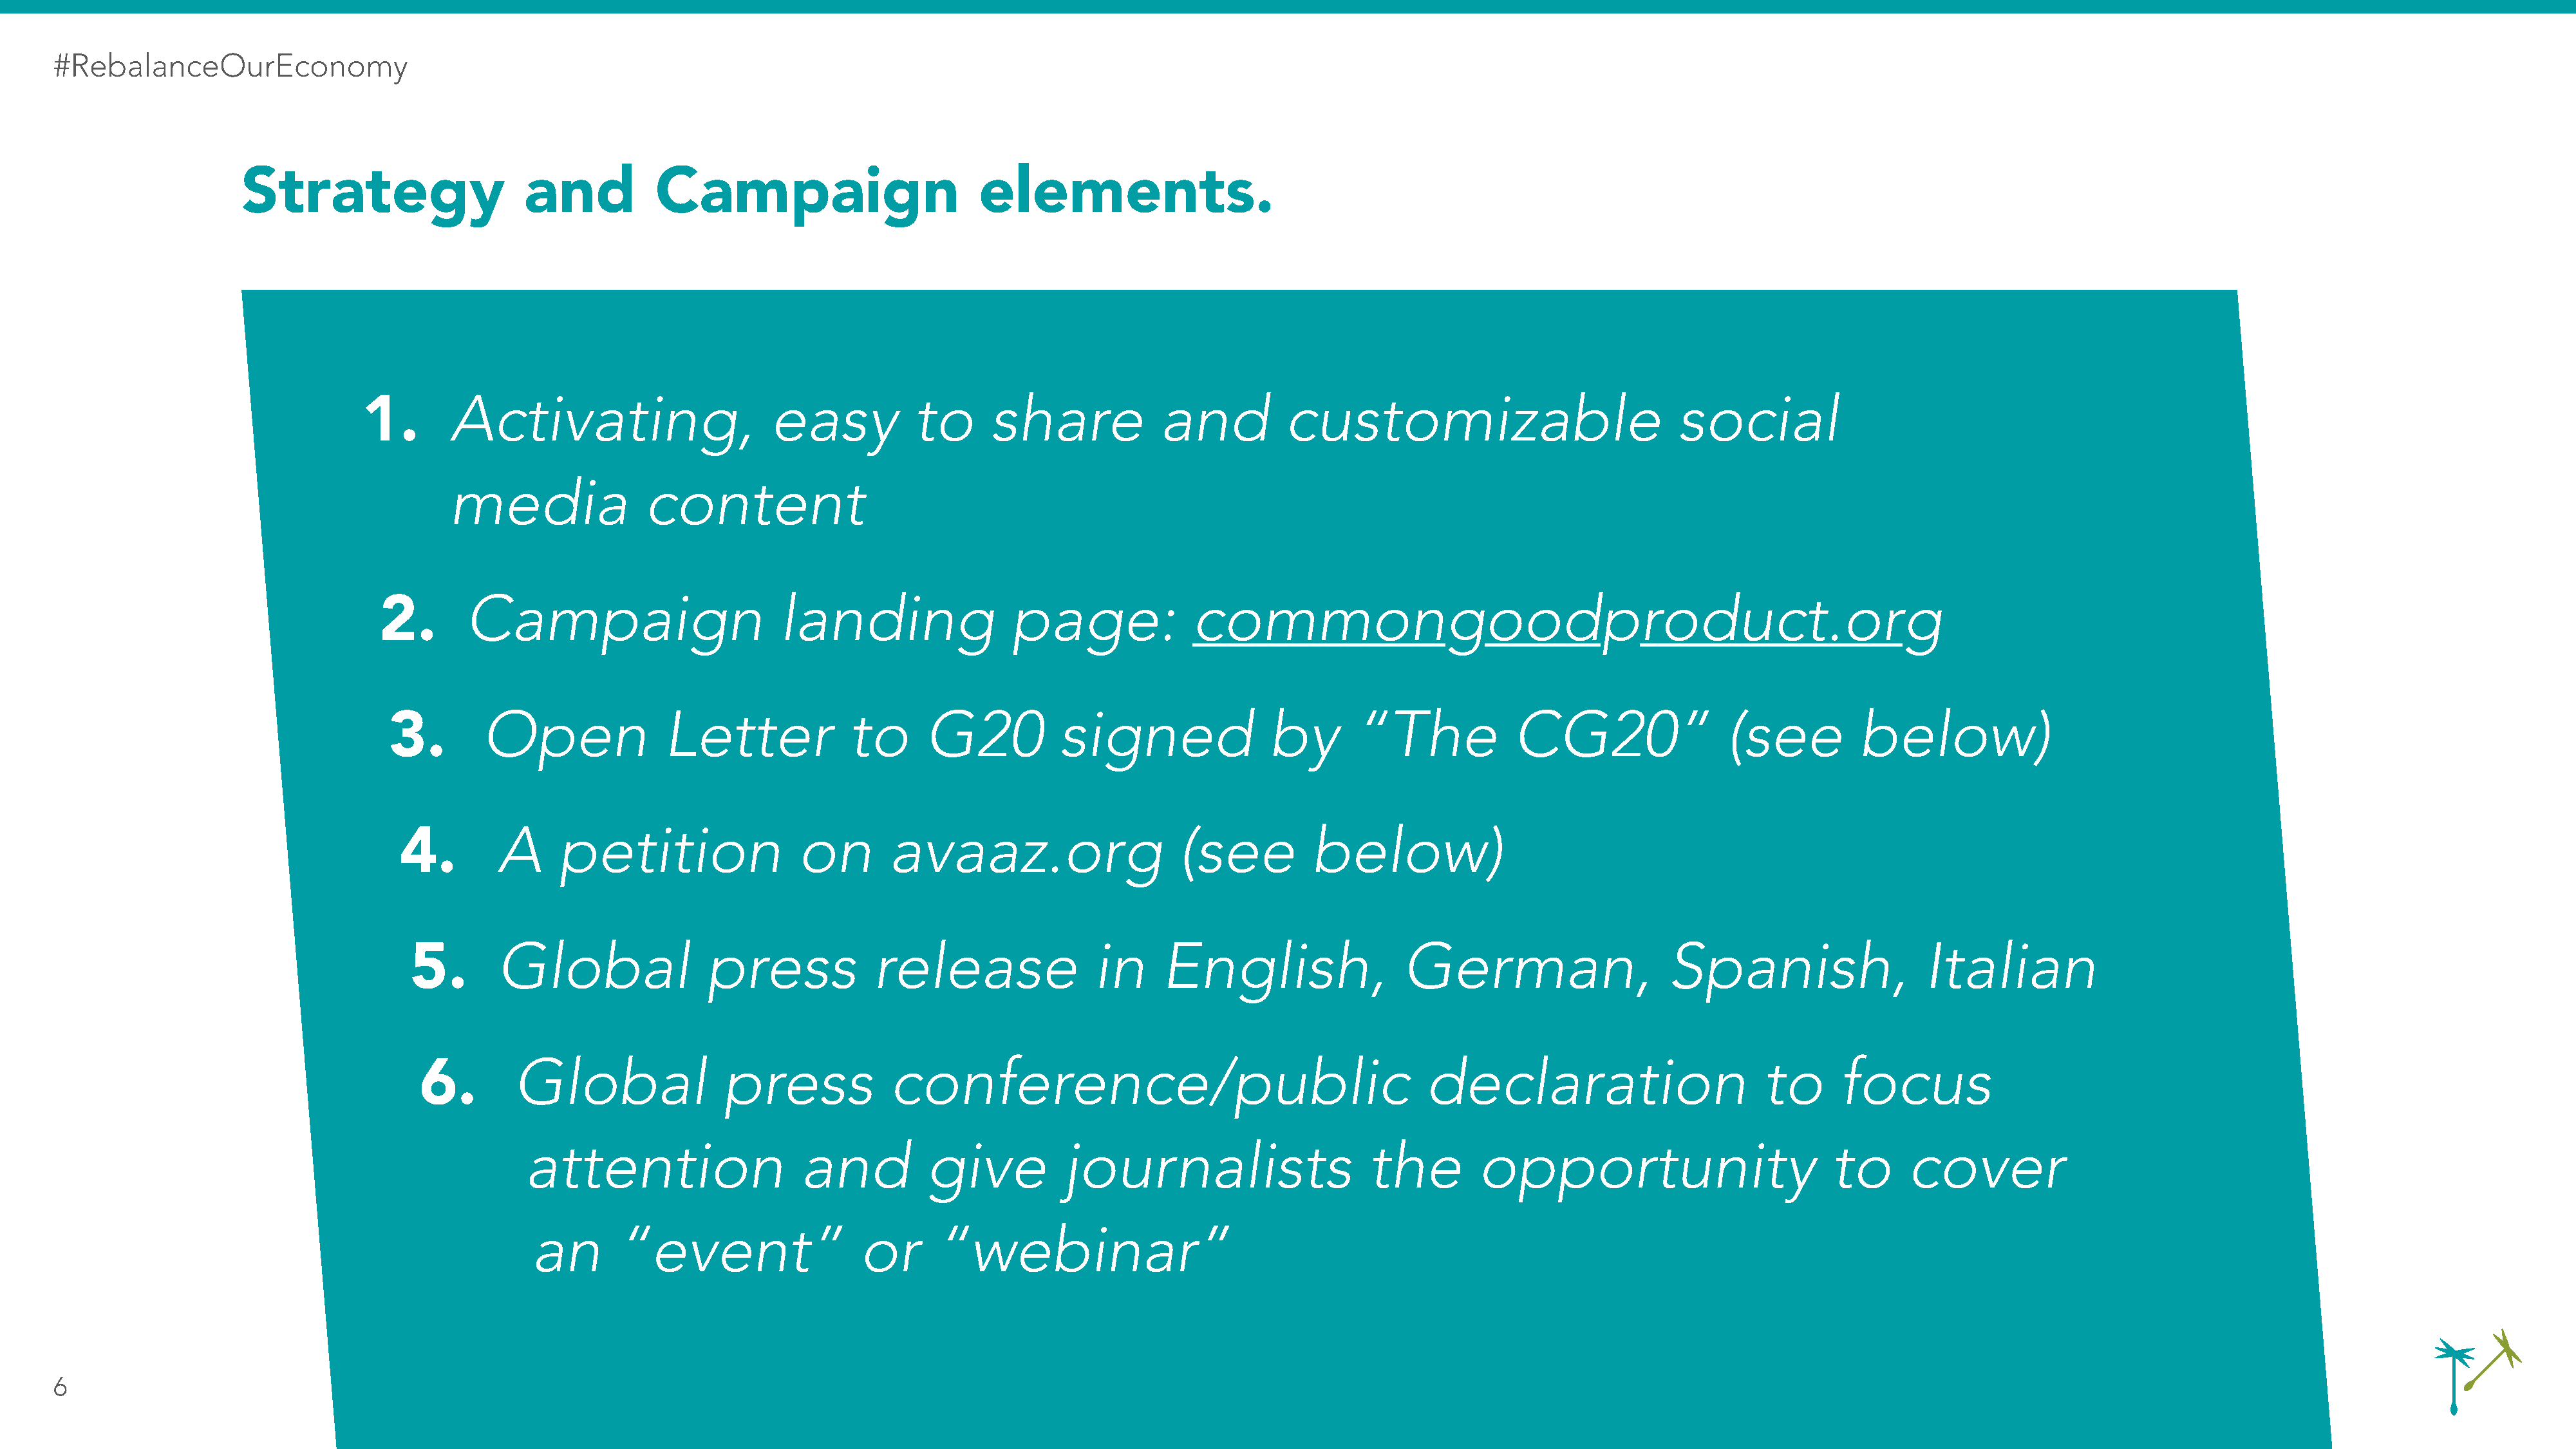
#RebalanceOurEconomy
 Strategy                     and          Campaign                          elements.
 1.       Activating,                      easy           to      share            and          customizable                            social
 media               content
 2.       Campaign                        landing                 page:              commongoodproduct.org
 3.        Open              Letter             to      G20           signed               by       “The             CG20”                (see          below)
 4.        A     petition                 on       avaaz.org                     (see          below)
 5.       Global                press            release               in     English,                 German,                    Spanish,                   Italian
 6.        Global               press            conference/public                                       declaration                       to      focus
 attention                   and          give          journalists                     the        opportunity                         to      cover
 an      “event”                  or      “webinar”
 6